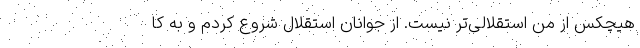
هیچکس از من استقلالی‌تر نیست. از جوانان استقلال شروع کردم و به کا